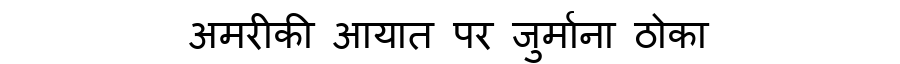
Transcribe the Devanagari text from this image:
अमरीकी आयात पर जुर्माना ठोका